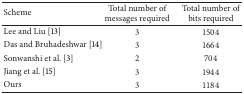
| Scheme | Total number of messages required | Total number of bits required |
 | --- | --- | --- |
 | Lee and Liu [13] | 3 | 1504 |
 | Das and Bruhadeshwar [14] | 3 | 1664 |
 | Sonwanshi et al. [3] | 2 | 704 |
 | Jiang et al. [15] | 3 | 1944 |
 | Ours | 3 | 1184 |